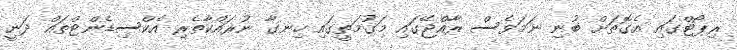
ރިޕޯޓްގައި އެގޮތަށް ބުނި ނަމަވެސް ރާއްޖޭގައި މަގުމަތީގައި ހިނގާ ނުރައްކާތެރި އެކްސިޑެންޓްތައް ދަނީ